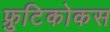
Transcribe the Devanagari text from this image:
फ्रुटिकोकस